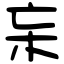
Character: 杗